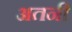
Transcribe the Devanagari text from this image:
अतनी